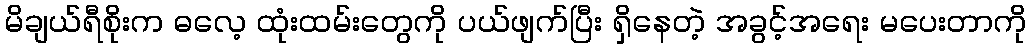
မိချယ်ရီစိုးက ဓလေ့ ထုံးထမ်းတွေကို ပယ်ဖျက်ပြီး ရှိနေတဲ့ အခွင့်အရေး မပေးတာကို